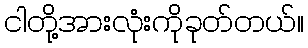
ငါတို့အားလုံးကိုခုတ်တယ်။